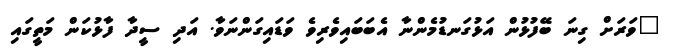
"ވަރަށް ގިނަ ބޭފުޅުން އަޅުގަނޑުމެންނާ އެބަބައިވެރިވެ ވަޑައިގަންނަވާ. އަދި ސީދާ ފާޅުކަން މަތީގައި